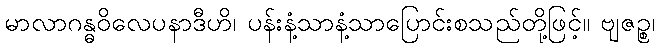
မာလာဂန္ဓဝိလေပနာဒီဟိ၊ ပန်းနံ့သာနံ့သာပြောင်းစသည်တို့ဖြင့်။ ဗျဇဉ္စ၊